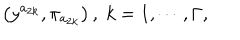
\left( y ^ { a _ { 2 k } } , \pi _ { a _ { 2 k } } \right) , \; k = 1 , \cdots , \Gamma ,